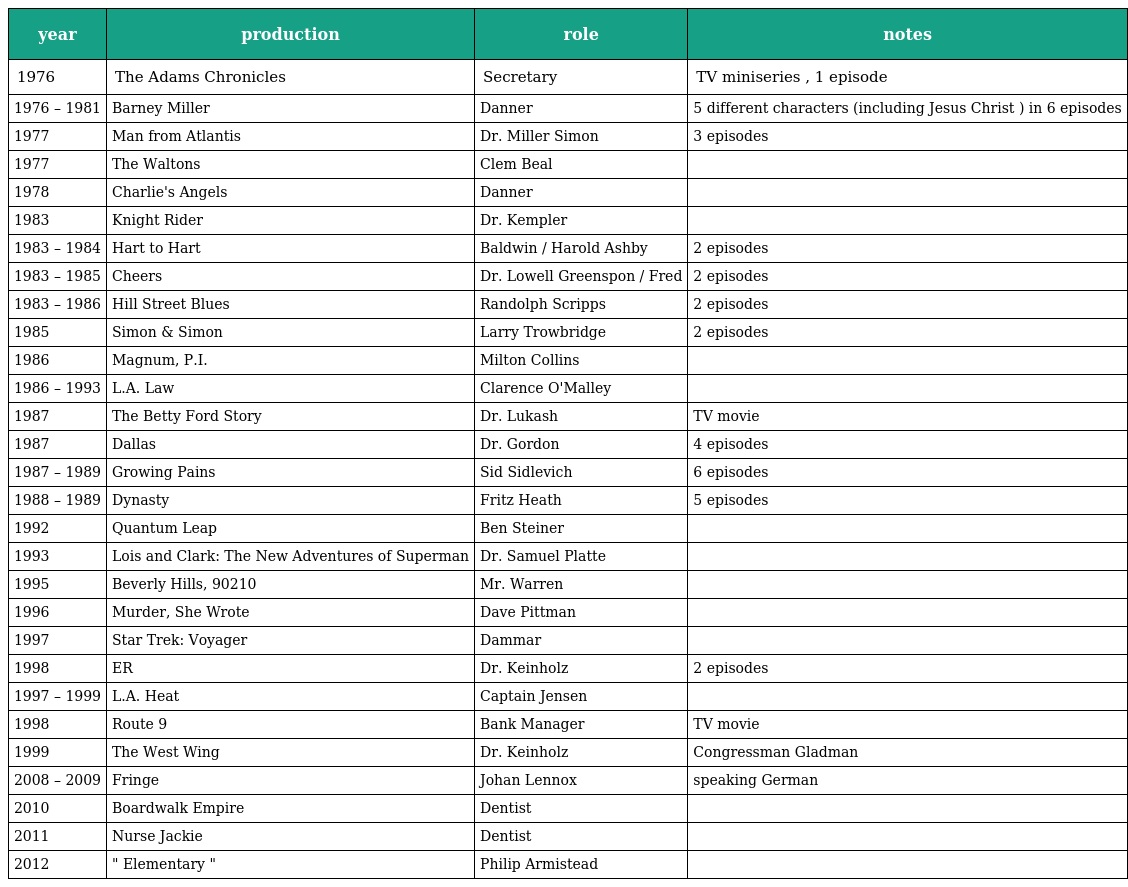
| year | production | role | notes |
 | --- | --- | --- | --- |
 | 1976 | The Adams Chronicles | Secretary | TV miniseries , 1 episode |
 | 1976 – 1981 | Barney Miller | Danner | 5 different characters (including Jesus Christ ) in 6 episodes |
 | 1977 | Man from Atlantis | Dr. Miller Simon | 3 episodes |
 | 1977 | The Waltons | Clem Beal |  |
 | 1978 | Charlie's Angels | Danner |  |
 | 1983 | Knight Rider | Dr. Kempler |  |
 | 1983 – 1984 | Hart to Hart | Baldwin / Harold Ashby | 2 episodes |
 | 1983 – 1985 | Cheers | Dr. Lowell Greenspon / Fred | 2 episodes |
 | 1983 – 1986 | Hill Street Blues | Randolph Scripps | 2 episodes |
 | 1985 | Simon & Simon | Larry Trowbridge | 2 episodes |
 | 1986 | Magnum, P.I. | Milton Collins |  |
 | 1986 – 1993 | L.A. Law | Clarence O'Malley |  |
 | 1987 | The Betty Ford Story | Dr. Lukash | TV movie |
 | 1987 | Dallas | Dr. Gordon | 4 episodes |
 | 1987 – 1989 | Growing Pains | Sid Sidlevich | 6 episodes |
 | 1988 – 1989 | Dynasty | Fritz Heath | 5 episodes |
 | 1992 | Quantum Leap | Ben Steiner |  |
 | 1993 | Lois and Clark: The New Adventures of Superman | Dr. Samuel Platte |  |
 | 1995 | Beverly Hills, 90210 | Mr. Warren |  |
 | 1996 | Murder, She Wrote | Dave Pittman |  |
 | 1997 | Star Trek: Voyager | Dammar |  |
 | 1998 | ER | Dr. Keinholz | 2 episodes |
 | 1997 – 1999 | L.A. Heat | Captain Jensen |  |
 | 1998 | Route 9 | Bank Manager | TV movie |
 | 1999 | The West Wing | Dr. Keinholz | Congressman Gladman |
 | 2008 – 2009 | Fringe | Johan Lennox | speaking German |
 | 2010 | Boardwalk Empire | Dentist |  |
 | 2011 | Nurse Jackie | Dentist |  |
 | 2012 | " Elementary " | Philip Armistead |  |